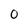
Character: 0